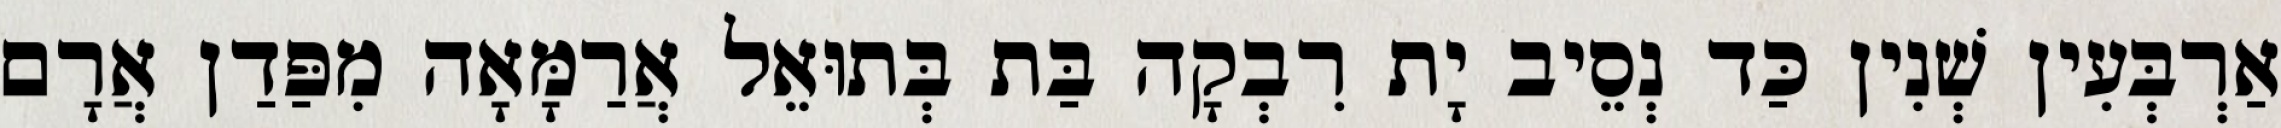
אַרְבְּעִין שְׁנִין כַּד נְסֵיב יָת רִבְקָה בַּת בְּתוּאֵל אֲרַמָּאָה מִפַּדַן אֲרָם